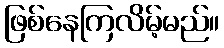
ဖြစ်နေကြလိမ့်မည်။